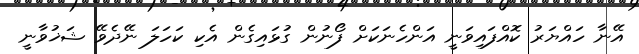
އޭނާ ހައްޔަރު ކޮއްފައިވަނީ އަންހެނަކަށް ފޯނުން ގުޅައިގެން އެކި ކަހަލަ ނޭދެވޭ ޝަޚުވާނީ